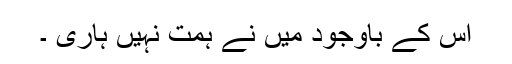
اس کے باوجود میں نے ہمت نہیں ہاری ۔